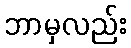
ဘာမှလည်း